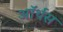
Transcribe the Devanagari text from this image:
ऑर्थस